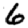
Digit: 6